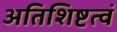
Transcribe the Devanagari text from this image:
अतिशिष्टत्वं